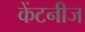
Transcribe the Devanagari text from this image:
केंटनीज